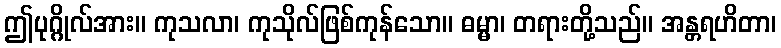
ဤပုဂ္ဂိုလ်အား။ ကုသလာ၊ ကုသိုလ်ဖြစ်ကုန်သော။ ဓမ္မာ၊ တရားတို့သည်။ အန္တရဟိတာ၊